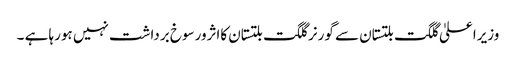
وزیراعلیٰ گلگت بلتستان سے گورنر گلگت بلتستان کااثرورسوخ برداشت نہیں ہورہا ہے ۔